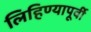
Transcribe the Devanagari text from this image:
लिहिण्‍यापूर्वी